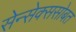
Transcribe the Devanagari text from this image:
सेन्सेक्ससोबत